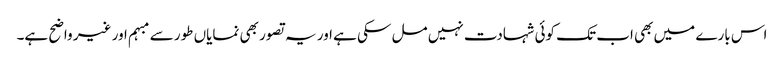
اس بارے میں بھی اب تک کوئی شہادت نہیں مل سکی ہے اور یہ تصور بھی نمایاں طور سے مبہم اور غیر واضح ہے۔